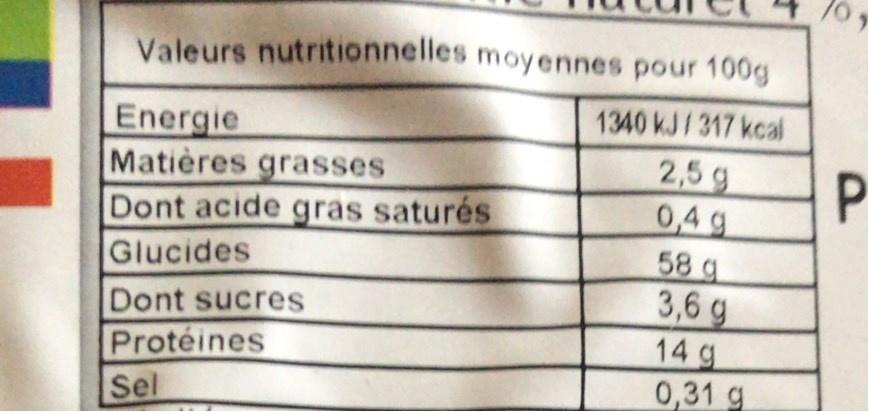
0/
Valeurs nutritionnelles moyennes pour 100g
Energie Matières grasses Dont acide gras saturés Glucides
1340 kJ/317 kcal 2,5 g 0,4 g 58 g 3,6 g 14 g 0,31 g
Dont sucres Protéines Sel
P.